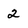
Character: 2